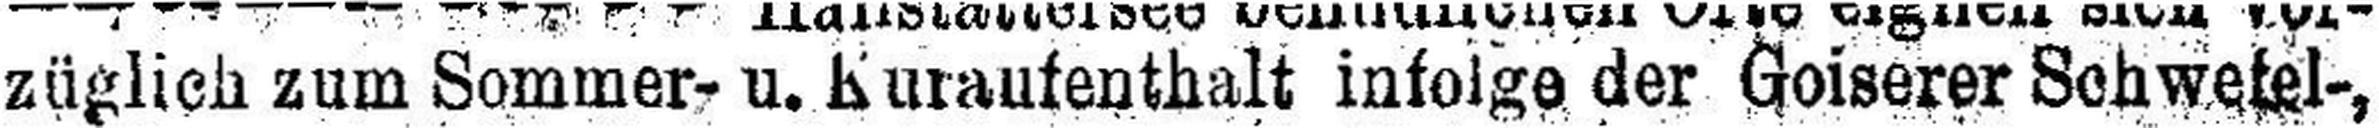
züglich zum Sommer- u. Kuraufenthalt infolge der Goiserer Schwefel-